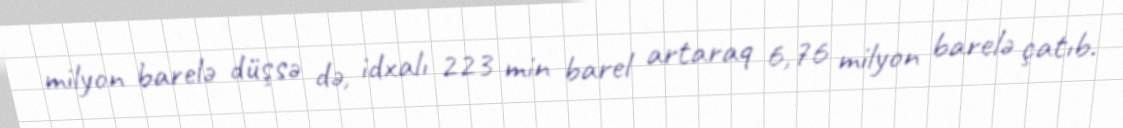
milyon barelə düşsə də, idxalı 223 min barel artaraq 6,76 milyon barelə çatıb.